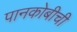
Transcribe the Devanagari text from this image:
पानकोबीची